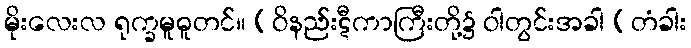
မိုးလေးလ ရုက္ခမူဓူတင်။ (ဝိနည်းဋီကာကြီးတို့၌ ဝါတွင်းအခါ (တံခါး